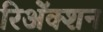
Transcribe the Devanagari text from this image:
रिॲेक्शन